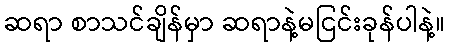
ဆရာ စာသင်ချိန်မှာ ဆရာနဲ့မငြင်းခုန်ပါနဲ့။